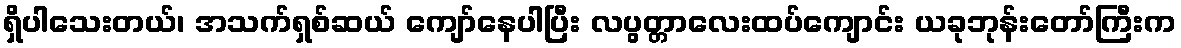
ရှိပါသေးတယ်၊ အသက်ရှစ်ဆယ် ကျော်နေပါပြီး လပွတ္တာလေးထပ်ကျောင်း ယခုဘုန်းတော်ကြီးက